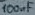
Text: 100µF